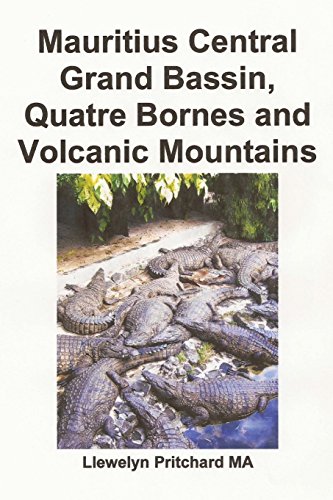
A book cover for Mauritius Central Grand Bassin, Quatre Bornes and Volcanic Mountains: Souvenir Bilduma bat argazki koloretan epigrafeekin (Argazki Albumak) (Volume 12) (Basa Edition); Llewelyn Pritchard MA; Travel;